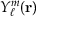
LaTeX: Y _ { \ell } ^ { m } ( { \mathbf { r } } )